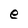
Character: e